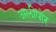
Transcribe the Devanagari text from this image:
अलीपोर